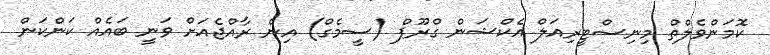
ކޮމަންވެލްތް މިނިސްޓީރިއަލް އެކްޝަން ގްރޫޕް (ސީމެގް) އިން ރާއްޖެއަށް ވަނީ ބައެއް ކަންކަން